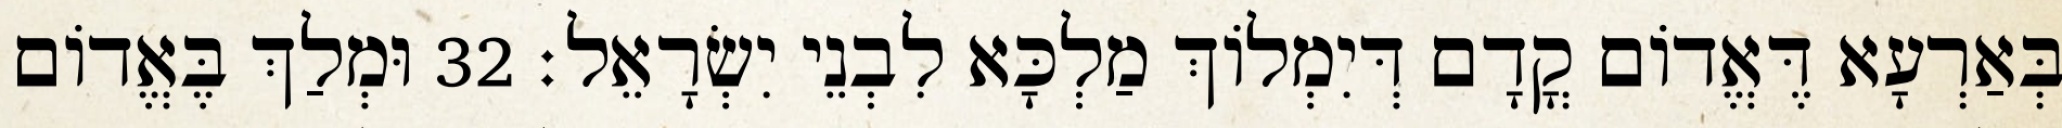
בְּאַרְעָא דֶּאֱדוֹם קֳדָם דְּיִמְלוֹךְ מַלְכָּא לִבְנֵי יִשְׂרָאֵל׃ 32 וּמְלַךְ בֶּאֱדוֹם